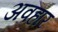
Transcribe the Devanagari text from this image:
अवहार